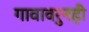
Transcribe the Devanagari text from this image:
गावावरुनही